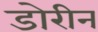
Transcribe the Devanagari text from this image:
डोरीन